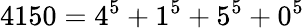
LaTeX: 4150=4^{5}+1^{5}+5^{5}+0^{5}